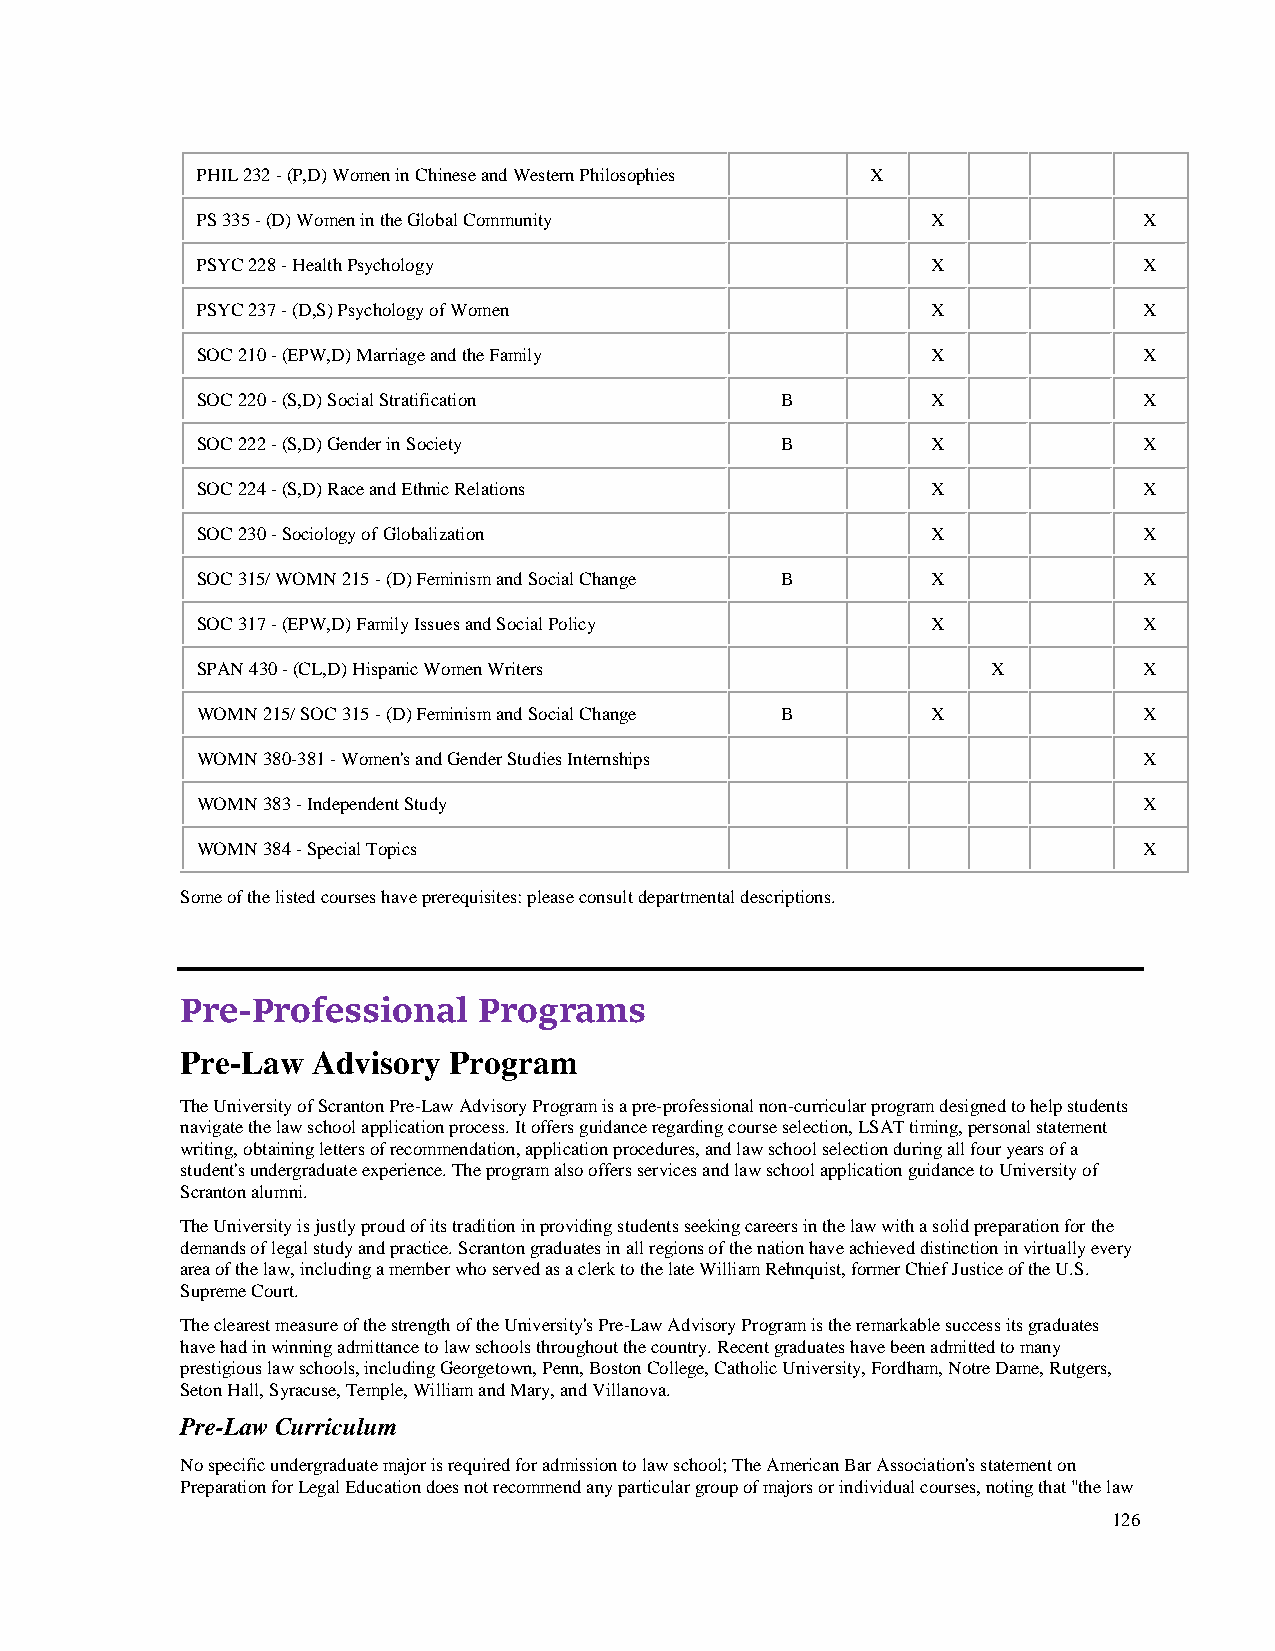
PHIL 232 - (P,D) Women in Chinese and Western Philosophies X
 PS 335 - (D) Women in the Global Community       X             X
 PSYC 228 - Health Psychology                     X             X
 PSYC 237 - (D,S) Psychology of Women             X             X
 SOC 210 - (EPW,D) Marriage and the Family        X             X
 SOC 220 - (S,D) Social Stratification  B         X             X
 SOC 222 - (S,D) Gender in Society      B         X             X
 SOC 224 - (S,D) Race and Ethnic Relations        X             X
 SOC 230 - Sociology of Globalization             X             X
 SOC 315/ WOMN 215 - (D) Feminism and Social Change B X         X
 SOC 317 - (EPW,D) Family Issues and Social Policy X            X
 SPAN 430 - (CL,D) Hispanic Women Writers             X         X
 WOMN 215/ SOC 315 - (D) Feminism and Social Change B X         X
 WOMN 380-381 - Women's and Gender Studies Internships          X
 WOMN 383 - Independent Study                                   X
 WOMN 384 - Special Topics                                      X
 Some of the listed courses have prerequisites: please consult departmental descriptions.
 Pre-Professional    Programs
 Pre-Law  Advisory Program
 The University of Scranton Pre-Law Advisory Program is a pre-professional non-curricular program designed to help students
 navigate the law school application process. It offers guidance regarding course selection, LSAT timing, personal statement
 writing, obtaining letters of recommendation, application procedures, and law school selection during all four years of a
 student's undergraduate experience. The program also offers services and law school application guidance to University of
 Scranton alumni.
 The University is justly proud of its tradition in providing students seeking careers in the law with a solid preparation for the
 demands of legal study and practice. Scranton graduates in all regions of the nation have achieved distinction in virtually every
 area of the law, including a member who served as a clerk to the late William Rehnquist, former Chief Justice of the U.S.
 Supreme Court.
 The clearest measure of the strength of the University's Pre-Law Advisory Program is the remarkable success its graduates
 have had in winning admittance to law schools throughout the country. Recent graduates have been admitted to many
 prestigious law schools, including Georgetown, Penn, Boston College, Catholic University, Fordham, Notre Dame, Rutgers,
 Seton Hall, Syracuse, Temple, William and Mary, and Villanova.
 Pre-Law Curriculum
 No specific undergraduate major is required for admission to law school; The American Bar Association's statement on
 Preparation for Legal Education does not recommend any particular group of majors or individual courses, noting that "the law
 126